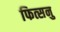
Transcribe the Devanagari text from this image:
फित्सनु